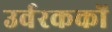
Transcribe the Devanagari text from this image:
उर्वरककों